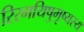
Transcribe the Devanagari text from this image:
रिरमयिषुमृष्यस्य